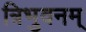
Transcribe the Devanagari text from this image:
त्रिभुवनम्